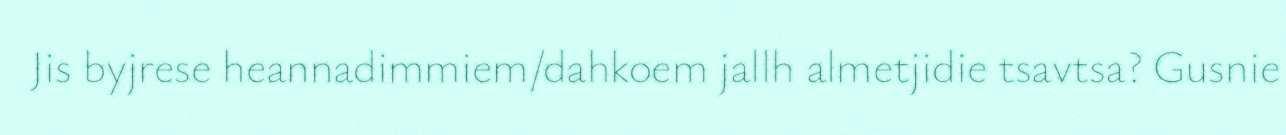
Jis byjrese heannadimmiem/dahkoem jallh almetjidie tsavtsa? Gusnie